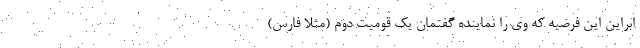
ابراین این فرضیه که وی را نماینده گفتمان یک قومیت دوم (مثلاً فارس)